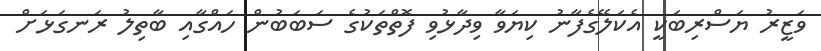
ވަޒީރު ޔަސްރިބަކީ އެކަލޭގެފާނު ކިޔަވާ ވިދާޅުވި ފޮތްތަކުގެ ސަބަބުން ހައްގާއި ބާތިލު ރަނގަޅަށް